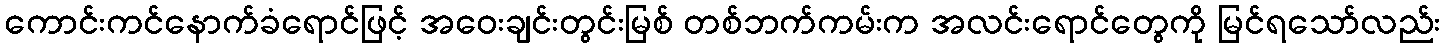
ကောင်းကင်နောက်ခံရောင်ဖြင့် အဝေးချင်းတွင်းမြစ် တစ်ဘက်ကမ်းက အလင်းရောင်တွေကို မြင်ရသော်လည်း